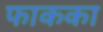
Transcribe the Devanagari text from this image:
फाकका